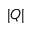
| Q |